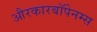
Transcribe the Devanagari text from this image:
औरकारबॉपेनम्स